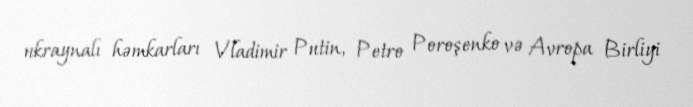
ukraynalı həmkarları Vladimir Putin, Petro Poroşenko və Avropa Birliyi